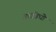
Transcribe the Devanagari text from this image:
आओघो